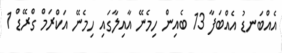
އެއްބަނޑު އެއްބަފާ 13 ބެއިން ހިމެނޭ އާއިލާގައި ހިމެނޭ އަކްރަމް ގްރޭޑް 1